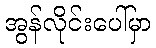
အွန်လိုင်းပေါ်မှာ